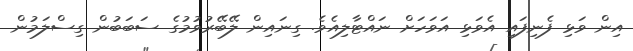
އިން ވަޅި ފެނިފައި އެވަޅި އަވަހަށް ނައްޓާލިއެވެ. ގިނައިން ލޭބޭރުވުމުގެ ސަބަބުން ގިސްލަމުން